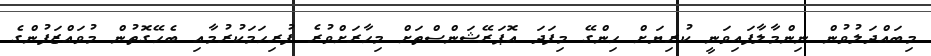
މިބައްދަލުވުން ނިންމާލާފައިވަނީ ކުރިޔަށް ހިންގޭ މިފަދަ އޮޕަރޭޝަންސްތަށް މިހާރަށްވުރެ ފުރިހަމަކުރުމާއި ބެހޭގޮތުން މުވައްޒަފުންގެ